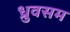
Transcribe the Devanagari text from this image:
ध्रुवसम